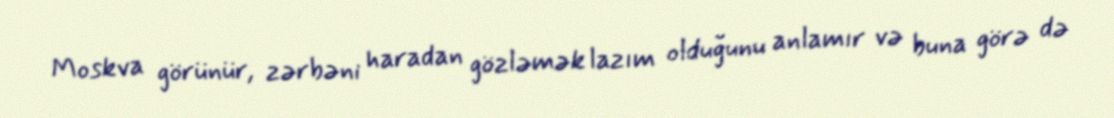
Moskva görünür, zərbəni haradan gözləmək lazım olduğunu anlamır və buna görə də